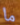
ما